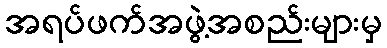
အရပ်ဖက်အဖွဲ့အစည်းများမှ